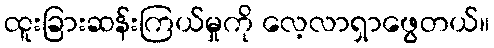
ထူးခြားဆန်းကြယ်မှုကို လေ့လာရှာဖွေတယ်။